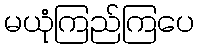
မယုံကြည်ကြပေ